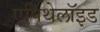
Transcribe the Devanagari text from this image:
एपिथेलॉइड